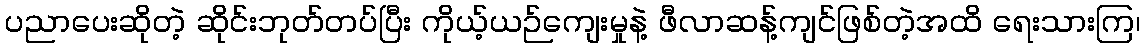
ပညာပေးဆိုတဲ့ ဆိုင်းဘုတ်တပ်ပြီး ကိုယ့်ယဉ်ကျေးမှုနဲ့ ဖီလာဆန့်ကျင်ဖြစ်တဲ့အထိ ရေးသားကြ၊